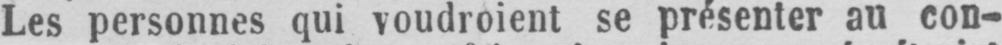
Les personnes qui voudroient se présenter au con-